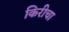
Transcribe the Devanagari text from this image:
किरीचा